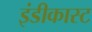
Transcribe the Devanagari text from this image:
इंडीकास्ट